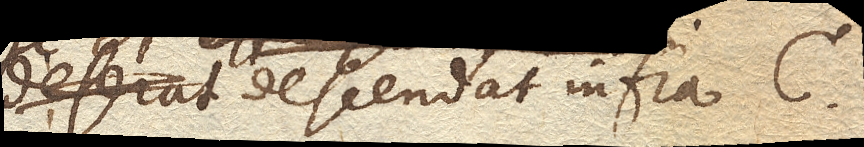
descendat infra C.